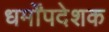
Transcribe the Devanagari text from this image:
धर्मोंपदेशक